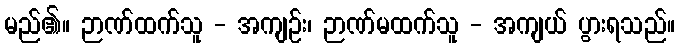
မည်၏။ ဉာဏ်ထက်သူ - အကျဉ်း၊ ဉာဏ်မထက်သူ - အကျယ် ပွားရသည်။